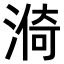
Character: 𣺈